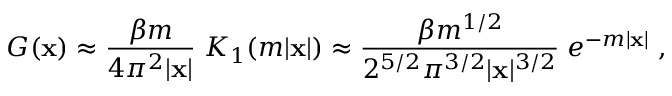
{ \cal G } ( { \bf x } ) \approx { \frac { \beta m } { 4 \pi ^ { 2 } \vert { \bf x } \vert } } \; K _ { 1 } ( m \vert { \bf x } \vert ) \approx { \frac { \beta m ^ { 1 / 2 } } { 2 ^ { 5 / 2 } \pi ^ { 3 / 2 } \vert { \bf x } \vert ^ { 3 / 2 } } } \; e ^ { - m \vert { \bf x } \vert } \; ,